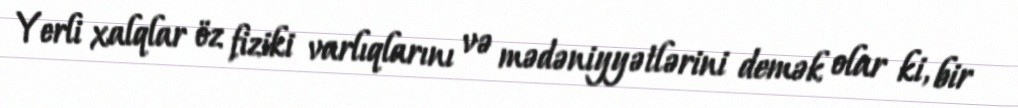
Yerli xalqlar öz fiziki varlıqlarını və mədəniyyətlərini demək olar ki, bir